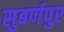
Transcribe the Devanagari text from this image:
सुबर्णपुर